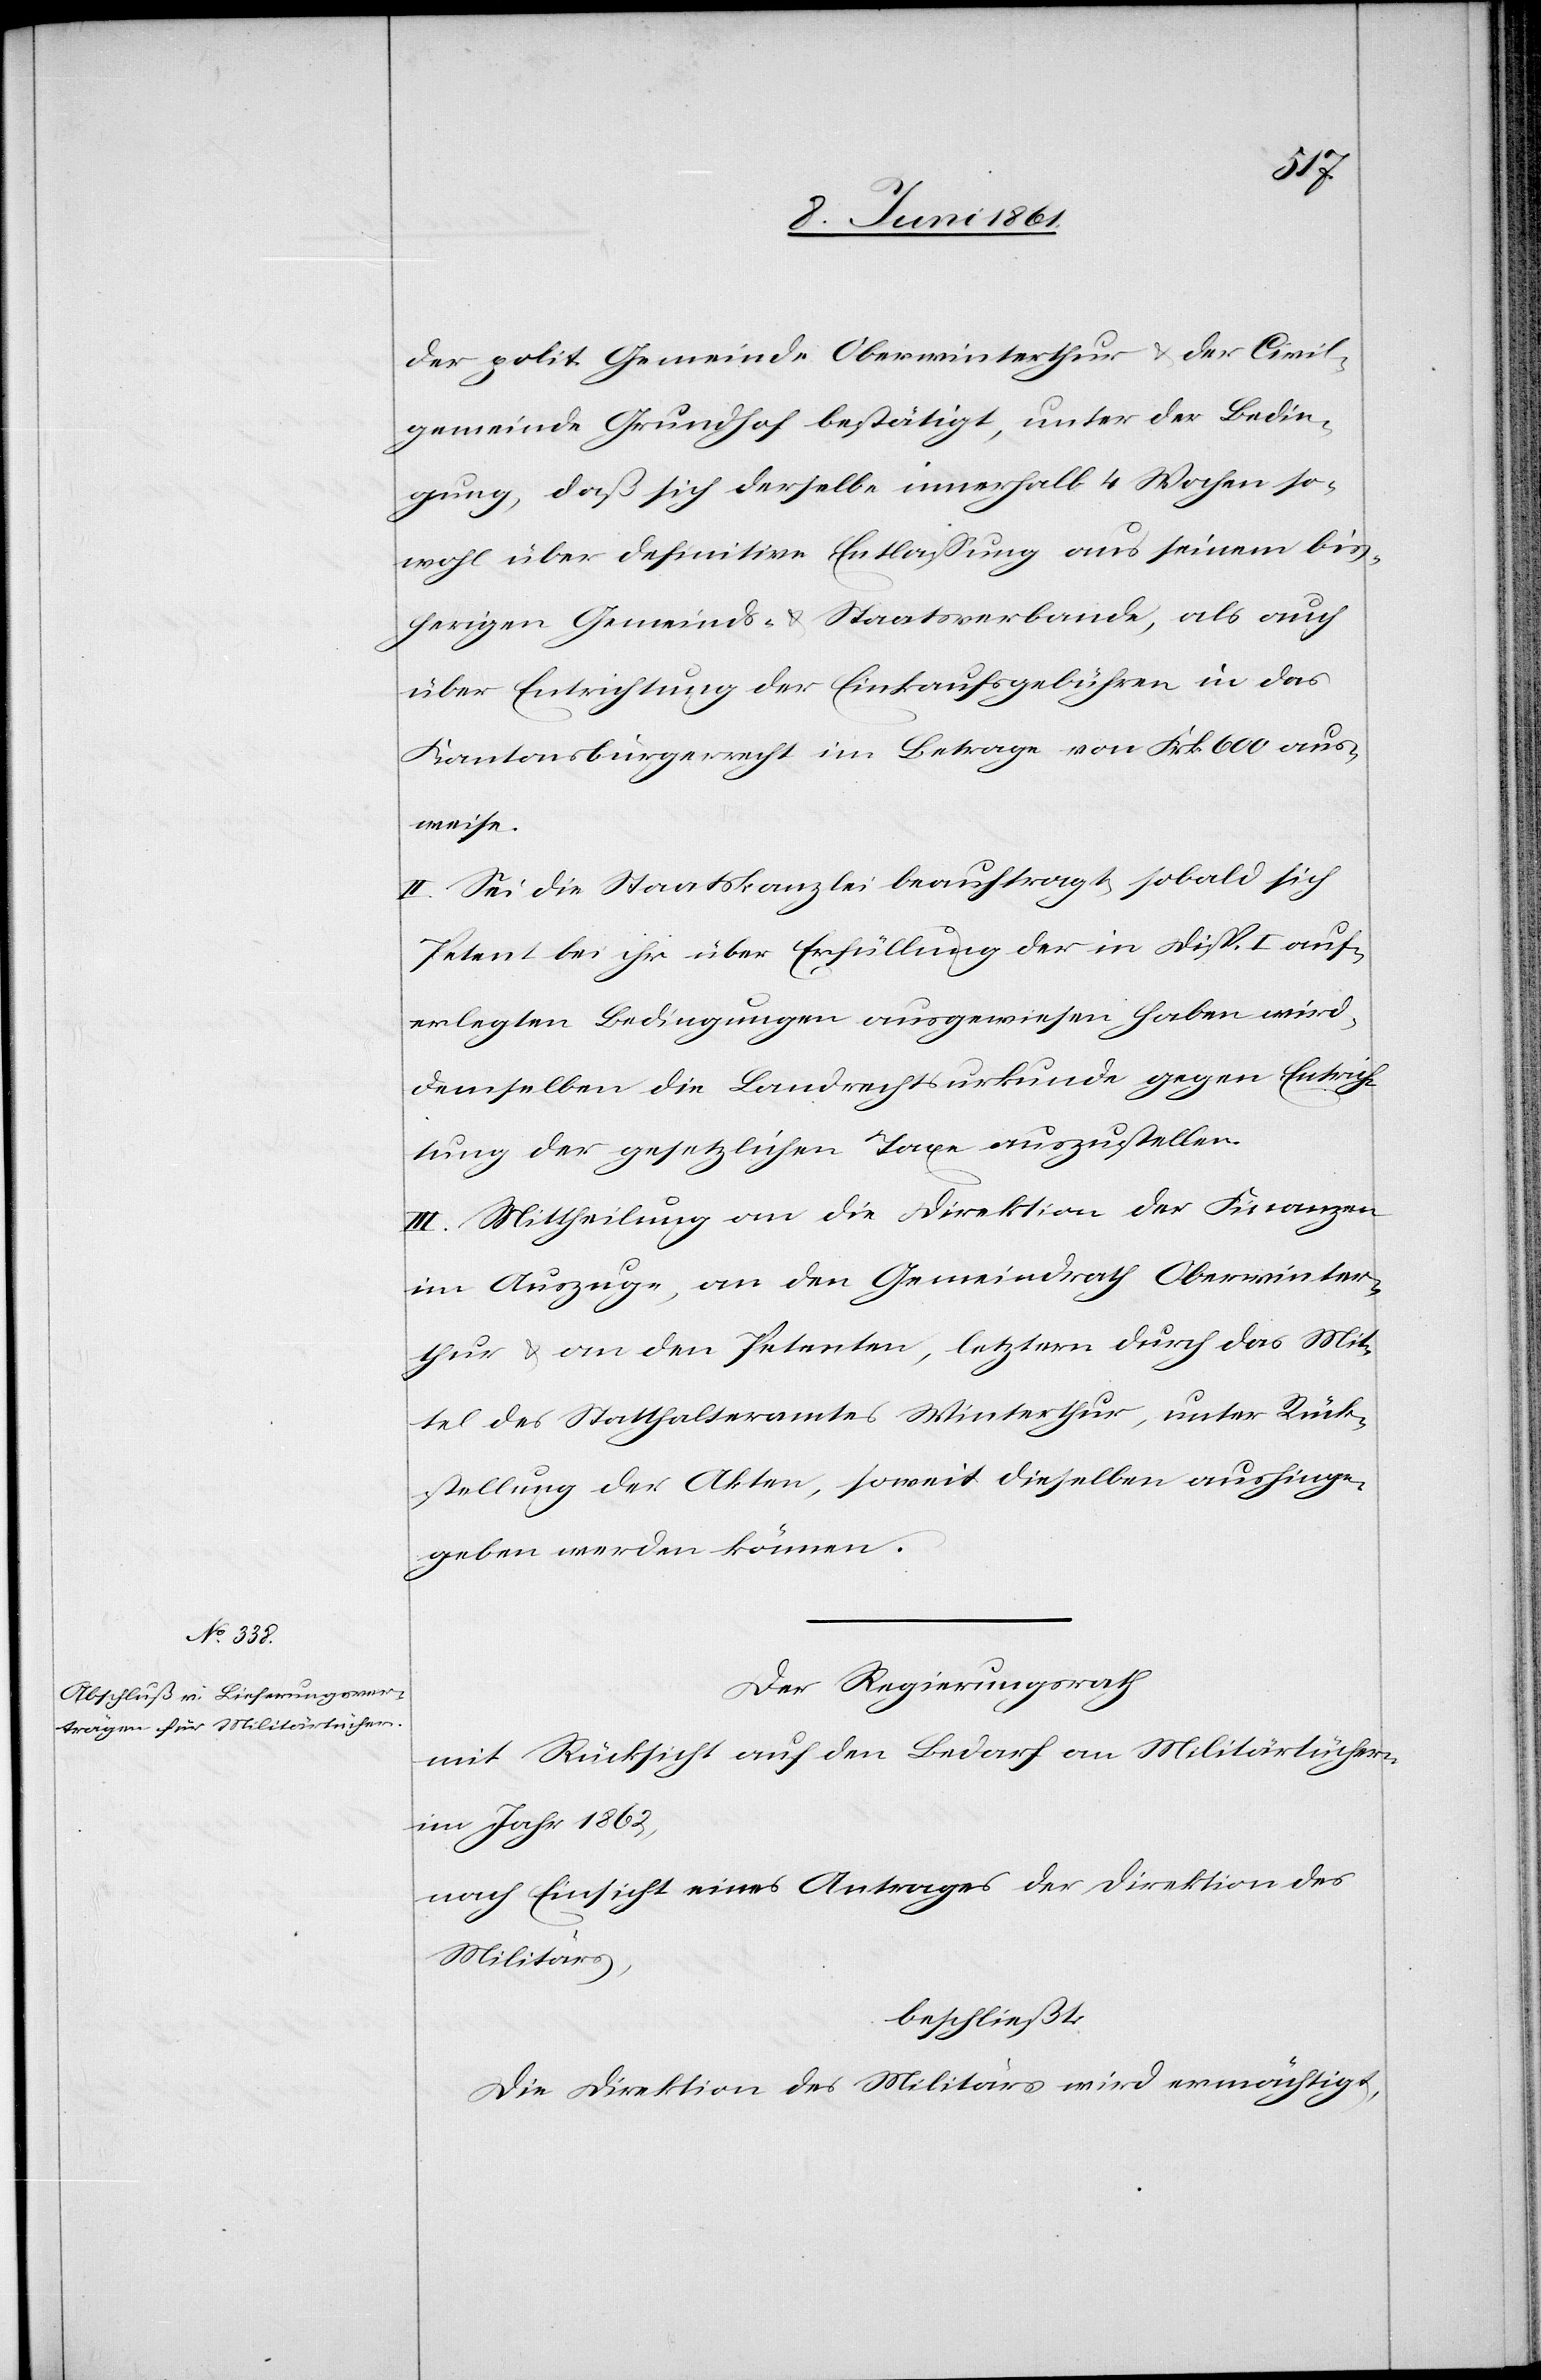
der polit. Gemeinde Oberwinterthur u. der Civil¬
gemeinde Grundhof bestätigt, unter der Bedin¬
gung, daß sich derselbe innerhalb 4 Wochen so¬
wohl über definitive Entlassung aus seinem bis¬
herigen Gemeinds- u. Staatsverbande, als auch
über Entrichtung der Einkaufsgebühren in das
Kantonsbürgerrecht im Betrage von Frk. 600 aus¬
weise.
II. Sei die Staatskanzlei beauftragt, sobald sich
Petent bei ihr über Erfüllung der in Disp. I. auf¬
erlegten Bedingungen ausgewiesen haben wird,
demselben die Landrechtsurkunde gegen Entrich¬
tung der gesetzlichen Taxe auszustellen.
III. Mittheilung an die Direktion der Finanzen
im Auszuge, an den Gemeindrath Oberwinter¬
thur u. an den Petenten, letztern durch das Mit¬
tel des Statthalteramtes Winterthur, unter Rück¬
stellung der Akten, soweit dieselben aushinge¬
geben werden können.
Der Regierungsrath
mit Rücksicht auf den Bedarf an Militärtüchern
im Jahr 1862,
nach Einsicht eines Antrages der Direktion des
Militärs,
beschließt:
Die Direktion des Militärs wird ermächtigt,